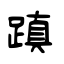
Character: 蹎